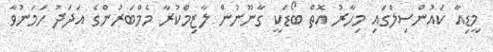
މީޑިއާ ކައުންސިލްގައި މިހާރު އޮތް ބޯޑަކީ ގާނޫނުން ލާޒިމްކުރާ މެމްބަރުންގެ އަދަދު ހަމަނުވާ